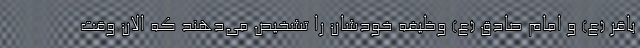
باقر (ع) و امام صادق (ع) وظیفه خودشان را تشخیص می‌دهند که الان وقت